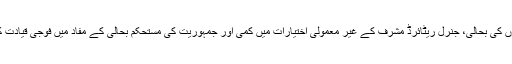
انتخابات کے بعد زرداری نے بھی غیر متنازعہ ججوں کی بحالی، جنرل ریٹائرڈ مشرف کے غیر معمولی اختیارات میں کمی اور جمہوریت کی مستحکم بحالی کے مفاد میں فوجی قیادت کو معافی دینے کیلئے یہی راستہ اپنانے کی بات کی ۔